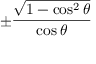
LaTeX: \pm { \frac { \sqrt { 1 - \cos ^ { 2 } \theta } } { \cos \theta } }